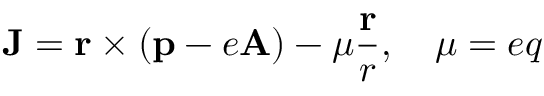
{ \mathbf J } = { \mathbf r } \times ( { \mathbf p } - e { \mathbf A } ) - \mu \frac { \mathbf r } { r } , \quad \mu = e q